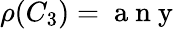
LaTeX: \rho(C_{3})=\mathrm{~a~n~y~}